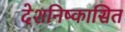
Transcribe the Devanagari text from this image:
देशनिष्कासित